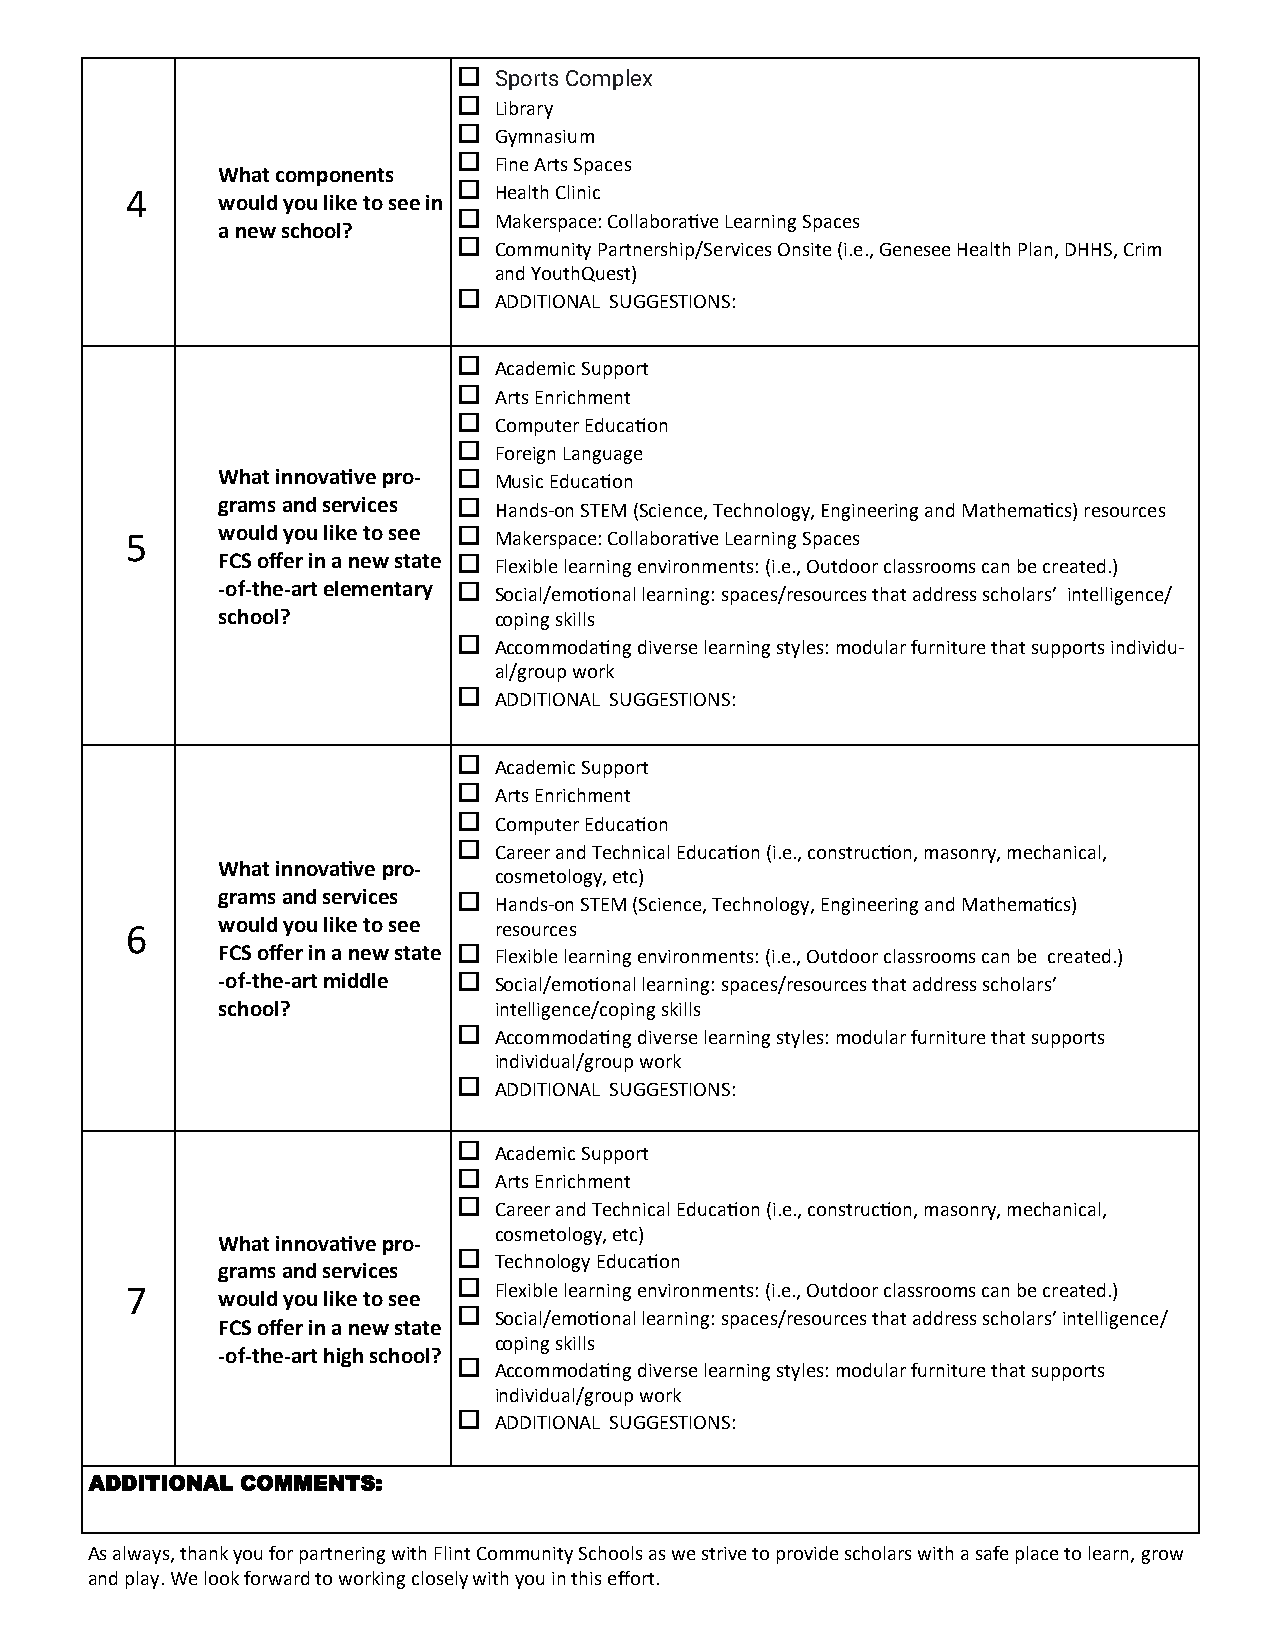
  Sports Complex
   Library
   Gymnasium
   Fine Arts Spaces
 What components
 4                       Health Clinic
 would you like to see in
   Makerspace: Collaborative Learning Spaces
 a new school?
   Community Partnership/Services Onsite (i.e., Genesee Health Plan, DHHS, Crim
 and YouthQuest)
   ADDITIONAL SUGGESTIONS:
   Academic Support
   Arts Enrichment
   Computer Education
   Foreign Language
 What innovative pro-  Music Education
 grams and services  Hands-on STEM (Science, Technology, Engineering and Mathematics) resources
 5     would you like to see  Makerspace: Collaborative Learning Spaces
 FCS offer in a new state  Flexible learning environments: (i.e., Outdoor classrooms can be created.)
 -of-the-art elementary  Social/emotional learning: spaces/resources that address scholars’ intelligence/
 school?            coping skills
   Accommodating diverse learning styles: modular furniture that supports individu-
 al/group work
   ADDITIONAL SUGGESTIONS:
   Academic Support
   Arts Enrichment
   Computer Education
   Career and Technical Education (i.e., construction, masonry, mechanical,
 What innovative pro-
 cosmetology, etc)
 grams and services  Hands-on STEM (Science, Technology, Engineering and Mathematics)
 6     would you like to see resources
 FCS offer in a new state  Flexible learning environments: (i.e., Outdoor classrooms can be created.)
 -of-the-art middle  Social/emotional learning: spaces/resources that address scholars’
 school?            intelligence/coping skills
   Accommodating diverse learning styles: modular furniture that supports
 individual/group work
   ADDITIONAL SUGGESTIONS:
   Academic Support
   Arts Enrichment
   Career and Technical Education (i.e., construction, masonry, mechanical,
 cosmetology, etc)
 What innovative pro-
   Technology Education
 grams and services
 7                       Flexible learning environments: (i.e., Outdoor classrooms can be created.)
 would you like to see
   Social/emotional learning: spaces/resources that address scholars’ intelligence/
 FCS offer in a new state
 coping skills
 -of-the-art high school?
   Accommodating diverse learning styles: modular furniture that supports
 individual/group work
   ADDITIONAL SUGGESTIONS:
 ADDITIONAL COMMENTS:
 As always, thank you for partnering with Flint Community Schools as we strive to provide scholars with a safe place to learn, grow
 and play. We look forward to working closely with you in this effort.